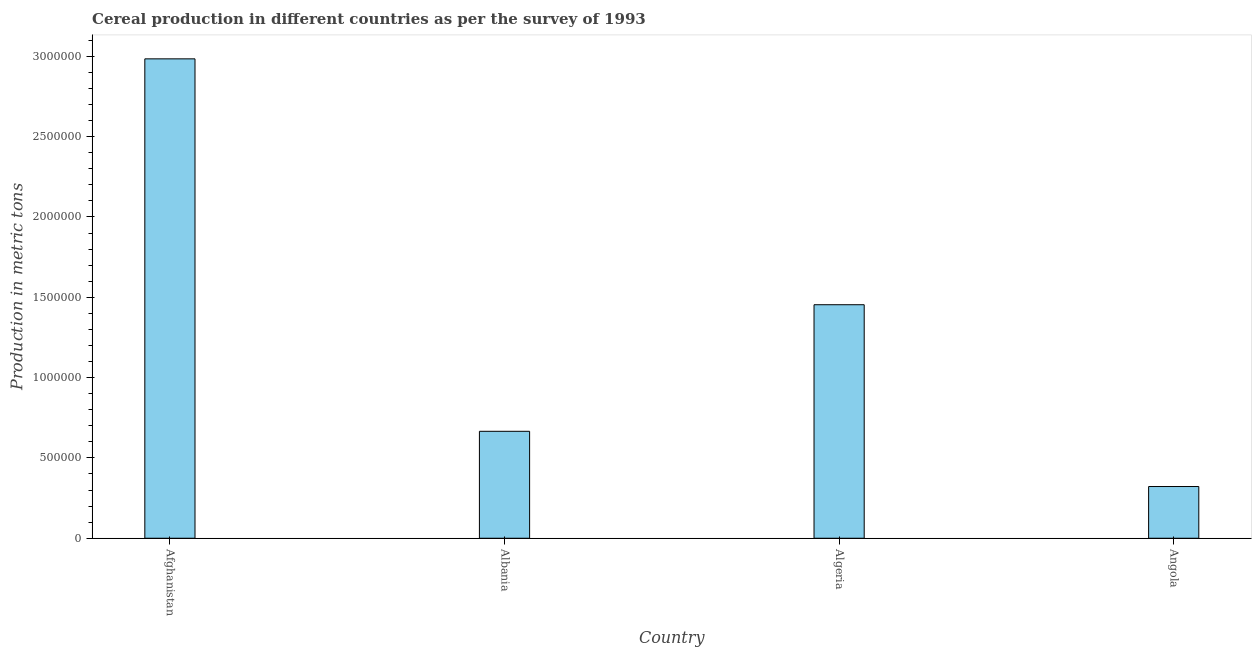
| Country | Cereal production |
 | --- | --- |
 | Afghanistan | 2.98e+06 |
 | Albania | 6.66e+05 |
 | Algeria | 1.45e+06 |
 | Angola | 3.22e+05 |